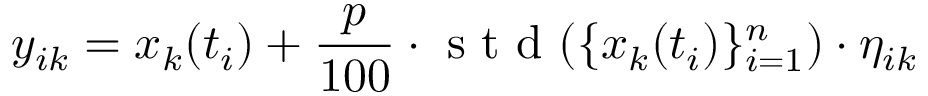
y _ { i k } = x _ { k } ( t _ { i } ) + \frac { p } { 1 0 0 } \cdot \mathrm { ~ s ~ t ~ d ~ } ( \{ x _ { k } ( t _ { i } ) \} _ { i = 1 } ^ { n } ) \cdot \eta _ { i k }